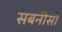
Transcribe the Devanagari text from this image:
सबनीसी